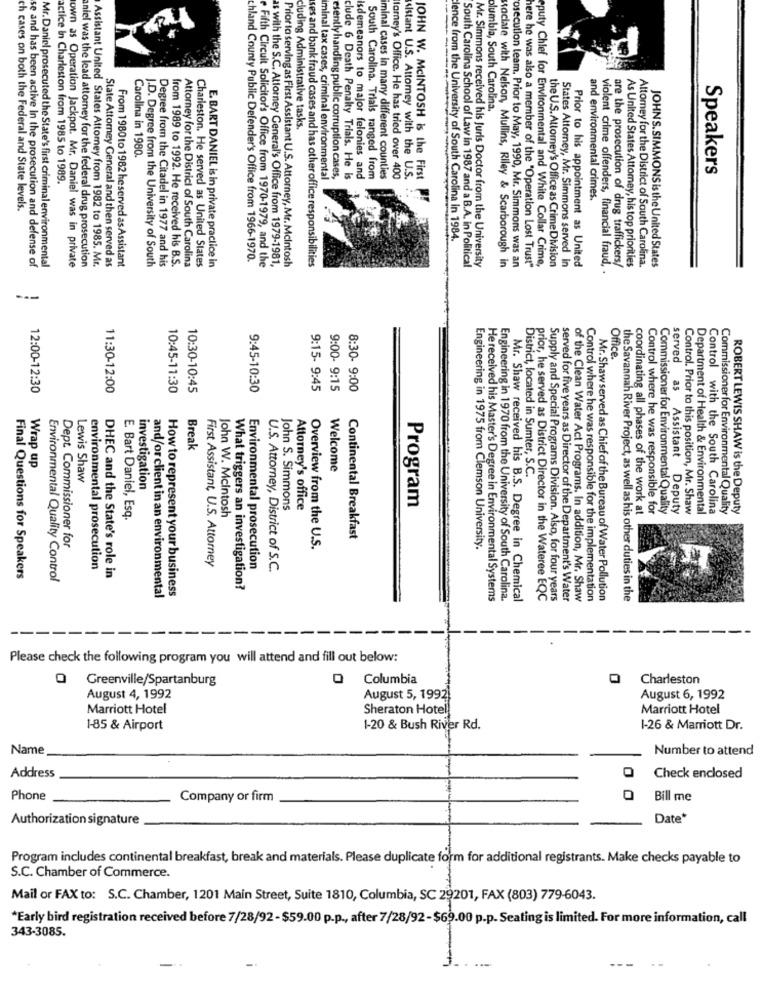
olumbla, South Carolina,
cluding Administrative tasks.
Carolina in 1980.
Speakers
actice In Charleston from 1985 to 1989.
iminal tax cases, criminal environmental
esentlyhandling public corruption cases,
clude 6 Death Penalty Trials. He is
Isdemeanors to major felonies and
South Carolina. Trials ranged from
iminal cases in many different counties
larney's Office. He has tried over 400
sistant U.S. Attorney with the U.S.
JOHN W. MCINTOSH is the First
and environmental crimes.
ch cases on both the Federal and State levels.
lence from the University of South Carolina in 1984.
own as Operation Jackpot. Mr. Daniel was in private
Assistant United States Attorney from 1982 to 1985. Mr.
J.D. Degree from the University of South
Charleston. He served as United States
E. BART DANIEL is in private practice in
chland County Public Defender's Office from 1966-1970.
Fifth Circuit Solicitor's Office from 1970-1979, and the
as with the S.C. Attorney General's Office from 1979-1981,
Prior to serving as First Assistant U.S. Attorney, Mr. Mcintosh
ses and bank fraud cases and has other office responsibilities
South Carolina School of Law in 1987 and a B.A. in Political
Mr. Simmons received his Juris Doctor from the University
eputy Chief for Environmental and White Collar Crime,
Prior to his appointment as United
JOHNS. SIMMONS is the United States
se and has been active In the prosecution and defense of
Mr.Daniel prosecuted the State's first criminal environmental
aniel was the lead attorney for the federal drug prosecution
State Attorney General and then served as
From 1980 to 1982 heserved as Assistant
Degree from the Citadel in 1977 and his
from 1989 to 1992. He received his B.S.
Attorney for the District of South Carolina
Baciate with Nelson, Mullins, Riley & Scarborough in
osecution team. Prior to May, 1990, Mr. Simmons was an
here he was also a member of the "Operation Lost Trust"
the U.S. Attorney's Office as Crime Division
States Attorney, Mr. Simmons served in
violent crime offenders, financial fraud, .
are the prosecution of drug traffickers/
As United States Attomey, his top priorities
Attomey for the District of South Carolina.
---
Office.
12:00-12:30
11:30-12:00
10:45-11:30
10:30-10:45
9:45-10:30
9:15- 9:45
9:00- 9:15
8:30- 9:00
Break
Wrap up
Welcome
Lewis Shaw
District, located in Sumter, S.C.
investigation
Program
John S. Simmons
Attorney's office
coordinating all phases of the work at
Control where he was responsible for
Commissioner for Environmental Quality
served as Assistant Deputy
Control. Prior to this position, Mr. Shaw
Department of Health & Environmental
Control with the South Carolina
Commissioner for Environmental Quality
ROBERT LEWIS SHAW is the Deputy
E Bart Daniel, Esq.
John W. Mcintosh
Continental Breakfast
Dept. Commissioner for
Overview from the U.S.
Engineering in 1975 from Clemson University.
First Assistant, U.S. Attorney
environmental prosecution
Environmental prosecution
U.S. Attorney, District of S.C.
Final Questions for Speakers
Environmental Quality Control
DHEC and the State's role in
How to represent your business
What triggers an investigation?
and/or client in an environmental
He received his Master's Degree in Environmental Systems
Engineering in 1970 from the University of South Carolina.
Mr. Shaw received his B.S. Degree in Chemical
prior, he served as District Director in the Wateree EQC
Supply and Special Programs Division. Also, for four years
served for five years as Director of the Department's Water
of the Clean Water Act Programs. In addition, Mr. Shaw
Control where he was responsible for the implementation
Mr. Shaw served as Chief of the Bureau of Water Pollution
the Savannah River Project, as well as his other duties in the
-
-
Please check the following program you will attend and fill out below:
Q Greenville/Spartanburg
O Columbia
Charleston
August 4, 1992
August 5, 1992)
August 6, 1992
Marriott Hotel
Sheraton Hotel
Marriott Hotel
1-85 & Airport
1-20 & Bush River Rd.
1-26 & Marriott Dr.
Name
Number to attend
0
Address
Check enclosed
Phone
Company or firm
Bill me
Authorization signature
Date*
Program includes continental breakfast, break and materials. Please duplicate form for additional registrants. Make checks payable to
S.C. Chamber of Commerce.
Mail or FAX to: S.C. Chamber, 1201 Main Street, Suite 1810, Columbia, SC 29201, FAX (803) 779-6043.
*Early bird registration received before 7/28/92-$59.00 p.p ., after 7/28/92-$69.00 p.p. Seating is limited. For more information, call
343-3085.